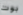
بوت